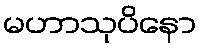
မဟာသုပိနော